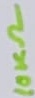
Text: 10KΩ